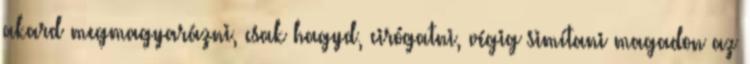
akard megmagyarázni, csak hagyd, cirógatni, végig simítani magadon az